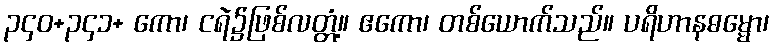
၃၄၀+၃၄၁+ ကော၊ ငရဲ၌ဖြစ်လတ္တံ့။ ဧကော၊ တစ်ယောက်သည်။ ပရိဟာနဓမ္မော၊